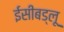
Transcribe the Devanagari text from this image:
ईसीबड्लू